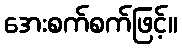
အေးစက်စက်ဖြင့်။